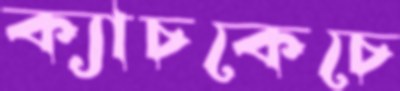
ক্যাচকেচে